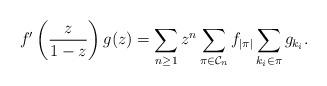
LaTeX: \begin{align*}f'\left(\frac{z}{1-z}\right) g(z)= \sum_{n \geq 1} z^n \sum_{\pi \in \mathcal{C}_n} f_{\vert \pi \vert} \sum_{k_i \in \pi} g_{k_i}.\end{align*}